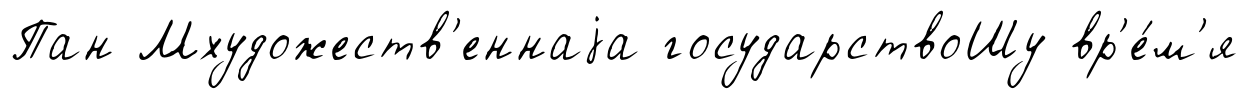
Пан Мхудожеств'еннаjа государствоШу вр'е́м'я